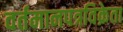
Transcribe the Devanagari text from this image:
वर्तमानपत्रविक्रेता